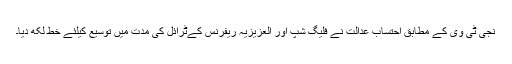
نجی ٹی وی کے مطابق احتساب عدالت نے فلیگ شپ اور العزیزیہ ریفرنس کےٹرائل کی مدت میں توسیع کیلئے خط لکھ دیا۔